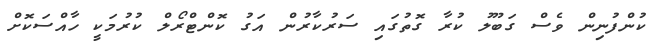
ކުންފުނިން ވެސް ގަބޫލު ކުރާ ގޮތުގައި ސަރުކާރުން އަގު ކޮންޓްރޯލް ކުރުމަކީ ހާއްސަކޮށް